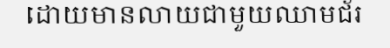
ដោយមានលាយជាមួយឈាមជ័រ